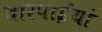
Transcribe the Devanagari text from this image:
चारपाईयां